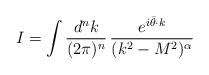
LaTeX: \begin{align*}I = \int {d^{n}k\over (2\pi)^{n}}\, {e^{i\bar{\theta}\cdot k}\over(k^{2} - M^{2})^{\alpha}}\end{align*}